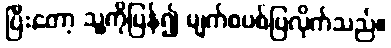
ပြီးတော့ သူ့ကိုပြန်၍ မျက်စပစ်ပြလိုက်သည်။